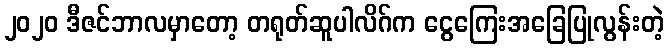
၂၀၂၀ ဒီဇင်ဘာလမှာတော့ တရုတ်ဆူပါလိဂ်က ငွေကြေးအခြေပြုလွန်းတဲ့